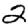
Digit: 2